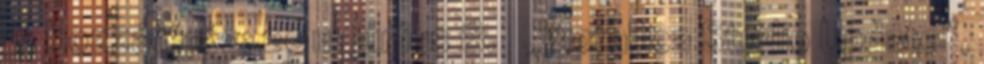
5. Hozzáférés: 2011. június 8. ↑ „Metallica Studio Update”,